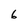
Character: 6